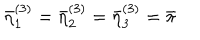
LaTeX: \bar { \eta } _ { 1 } ^ { ( 3 ) } = \bar { \eta } _ { 2 } ^ { ( 3 ) } = \bar { \eta } _ { 3 } ^ { ( 3 ) } = \bar { \pi }